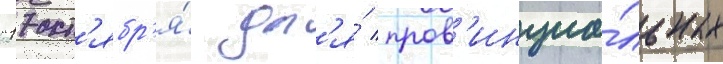
"17 окт'ябр'я́ дл'я́ пров'инциа́льных